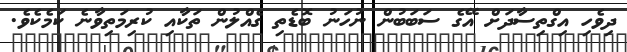
ދިވެހި އިގްތިސާދަށް އޭގެ ސަބަބުން ނުހަނު ބޮޑެތި ގެއްލުން ތަކާއި ކުރިމަތިވާނެ ކަމެކެވެ.